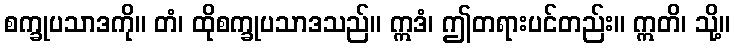
စက္ခုပသာဒကို။ တံ၊ ထိုစက္ခုပသာဒသည်။ ဣဒံ၊ ဤတရားပင်တည်း။ ဣတိ၊ သို့။